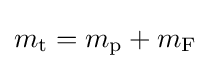
m_{\rm {t}}=m_{\rm {p}}+m_{\rm {F}}